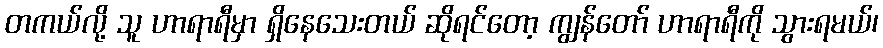
တကယ်လို့ သူ ဟာရာရီမှာ ရှိနေသေးတယ် ဆိုရင်တော့ ကျွန်တော် ဟာရာရီကို သွားရမယ်၊